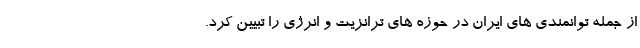
از جمله توانمندی های ایران در حوزه های ترانزیت و انرژی را تبیین کرد.